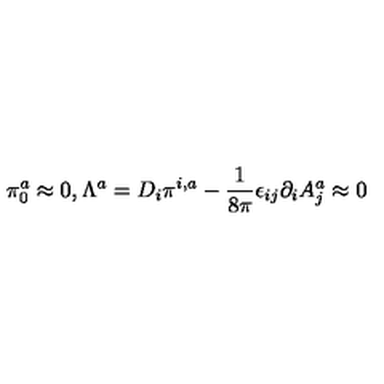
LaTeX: \pi _ { 0 } ^ { a } \approx 0 , \Lambda ^ { a } = D _ { i } \pi ^ { i , a } - \frac { 1 } { 8 \pi } \epsilon _ { i j } \partial _ { i } A _ { j } ^ { a } \approx 0